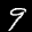
Label: 9